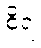
စိရံ